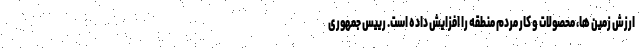
ارزش زمین ها، محصولات و کار مردم منطقه را افزایش داده است. رییس جمهوری